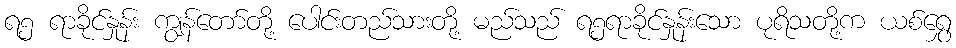
ရ၅ ရာခိုင်နှုန်း ကျွန်တော်တို့ ပေါင်းတည်သားတို့ မည်သည် ရ၅ရာခိုင်နှုန်းသော ပုရိသတို့က ယစ်ရွှေ